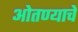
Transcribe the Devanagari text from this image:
ओतण्याचे